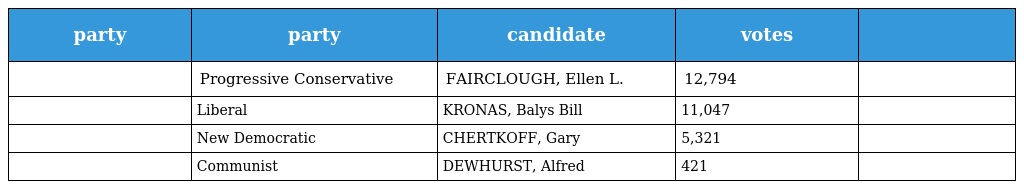
| party | party | candidate | votes |  |
 | --- | --- | --- | --- | --- |
 |  | Progressive Conservative | FAIRCLOUGH, Ellen L. | 12,794 |  |
 |  | Liberal | KRONAS, Balys Bill | 11,047 |  |
 |  | New Democratic | CHERTKOFF, Gary | 5,321 |  |
 |  | Communist | DEWHURST, Alfred | 421 |  |